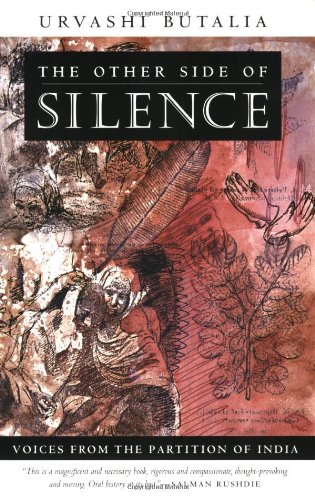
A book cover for The Other Side of Silence: Voices from the Partition of India; Urvashi Butalia; History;